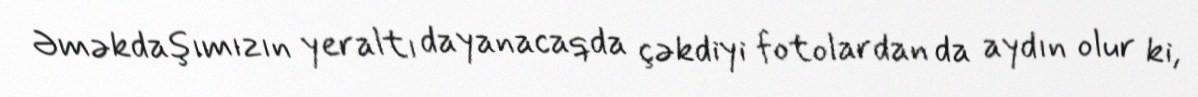
Əməkdaşımızın yeraltı dayanacaqda çəkdiyi fotolardan da aydın olur ki,